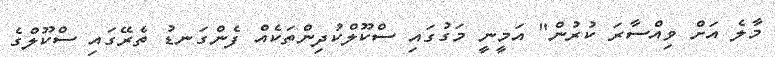
މާލެ އަށް ވިއްސާރަ ކުރުން" އަމީނީ މަގުގައި ސްކޫލްކުދިންތަކެއް ފެންގަނޑު ތެރޭގައި ސްކޫލްގެ